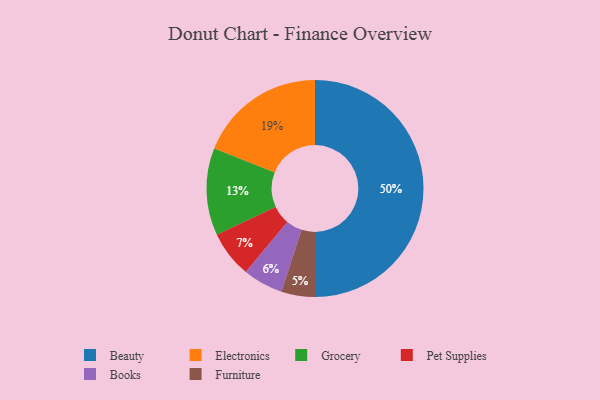
{"axis": {"x": "Category", "y": "Percentage"}, "legend": ["Beauty", "Books", "Electronics", "Furniture", "Grocery", "Pet Supplies"], "data": [{"x": "Electronics", "y": 19, "type": "Electronics"}, {"x": "Grocery", "y": 13, "type": "Grocery"}, {"x": "Furniture", "y": 5, "type": "Furniture"}, {"x": "Beauty", "y": 50, "type": "Beauty"}, {"x": "Books", "y": 6, "type": "Books"}, {"x": "Pet Supplies", "y": 7, "type": "Pet Supplies"}]}